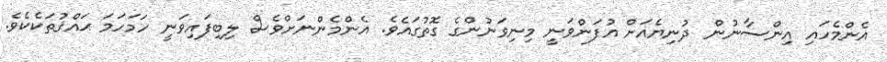
އެންމެހައި އިންސާނުން ދުނިޔެއަށް އުފަންވަނީ މިނިވަނުންގެ ގޮތުގައެވެ. އެންމެންނަށްވެސް ލިބިފައިވަނީ ހަމަހަމަ ޙައްޤުތަކެކެވެ.